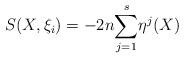
LaTeX: \begin{align*}S(X,\xi _{i})=-2n\underset{j=1}{\overset{s}{\sum }}\eta ^{j}(X)\end{align*}